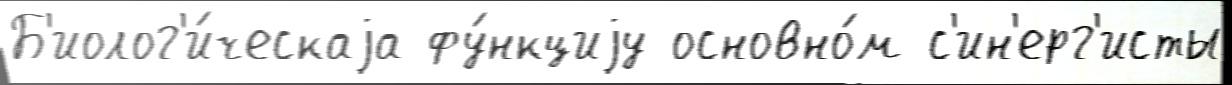
Б'иолог'и́ческаjа фу́нкциjу основно́м с'ин'ерг'исты